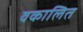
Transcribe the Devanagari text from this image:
वकालित